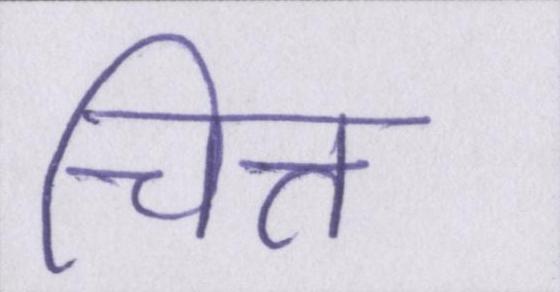
चित्त